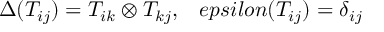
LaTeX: \Delta ( T _ { i j } ) = T _ { i k } \otimes T _ { k j } , \ \ \, e p s i l o n ( T _ { i j } ) = \delta _ { i j }